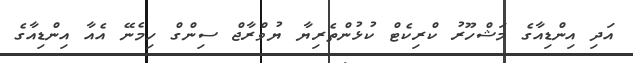
އަދި އިންޑިއާގެ މަޝްހޫރު ކްރިކެޓް ކުޅުންތެރިޔާ ޔުވްރާޖް ސިންގް ހިމެނޭ އެއާ އިންޑިއާގެ